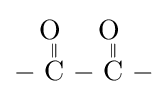
{{-}{\overset {\displaystyle \mathrm {O} ~ \atop \|}{\mathrm {C} }}{-}{\overset {\displaystyle \mathrm {O} ~ \atop \|}{\mathrm {C} }}{-}}